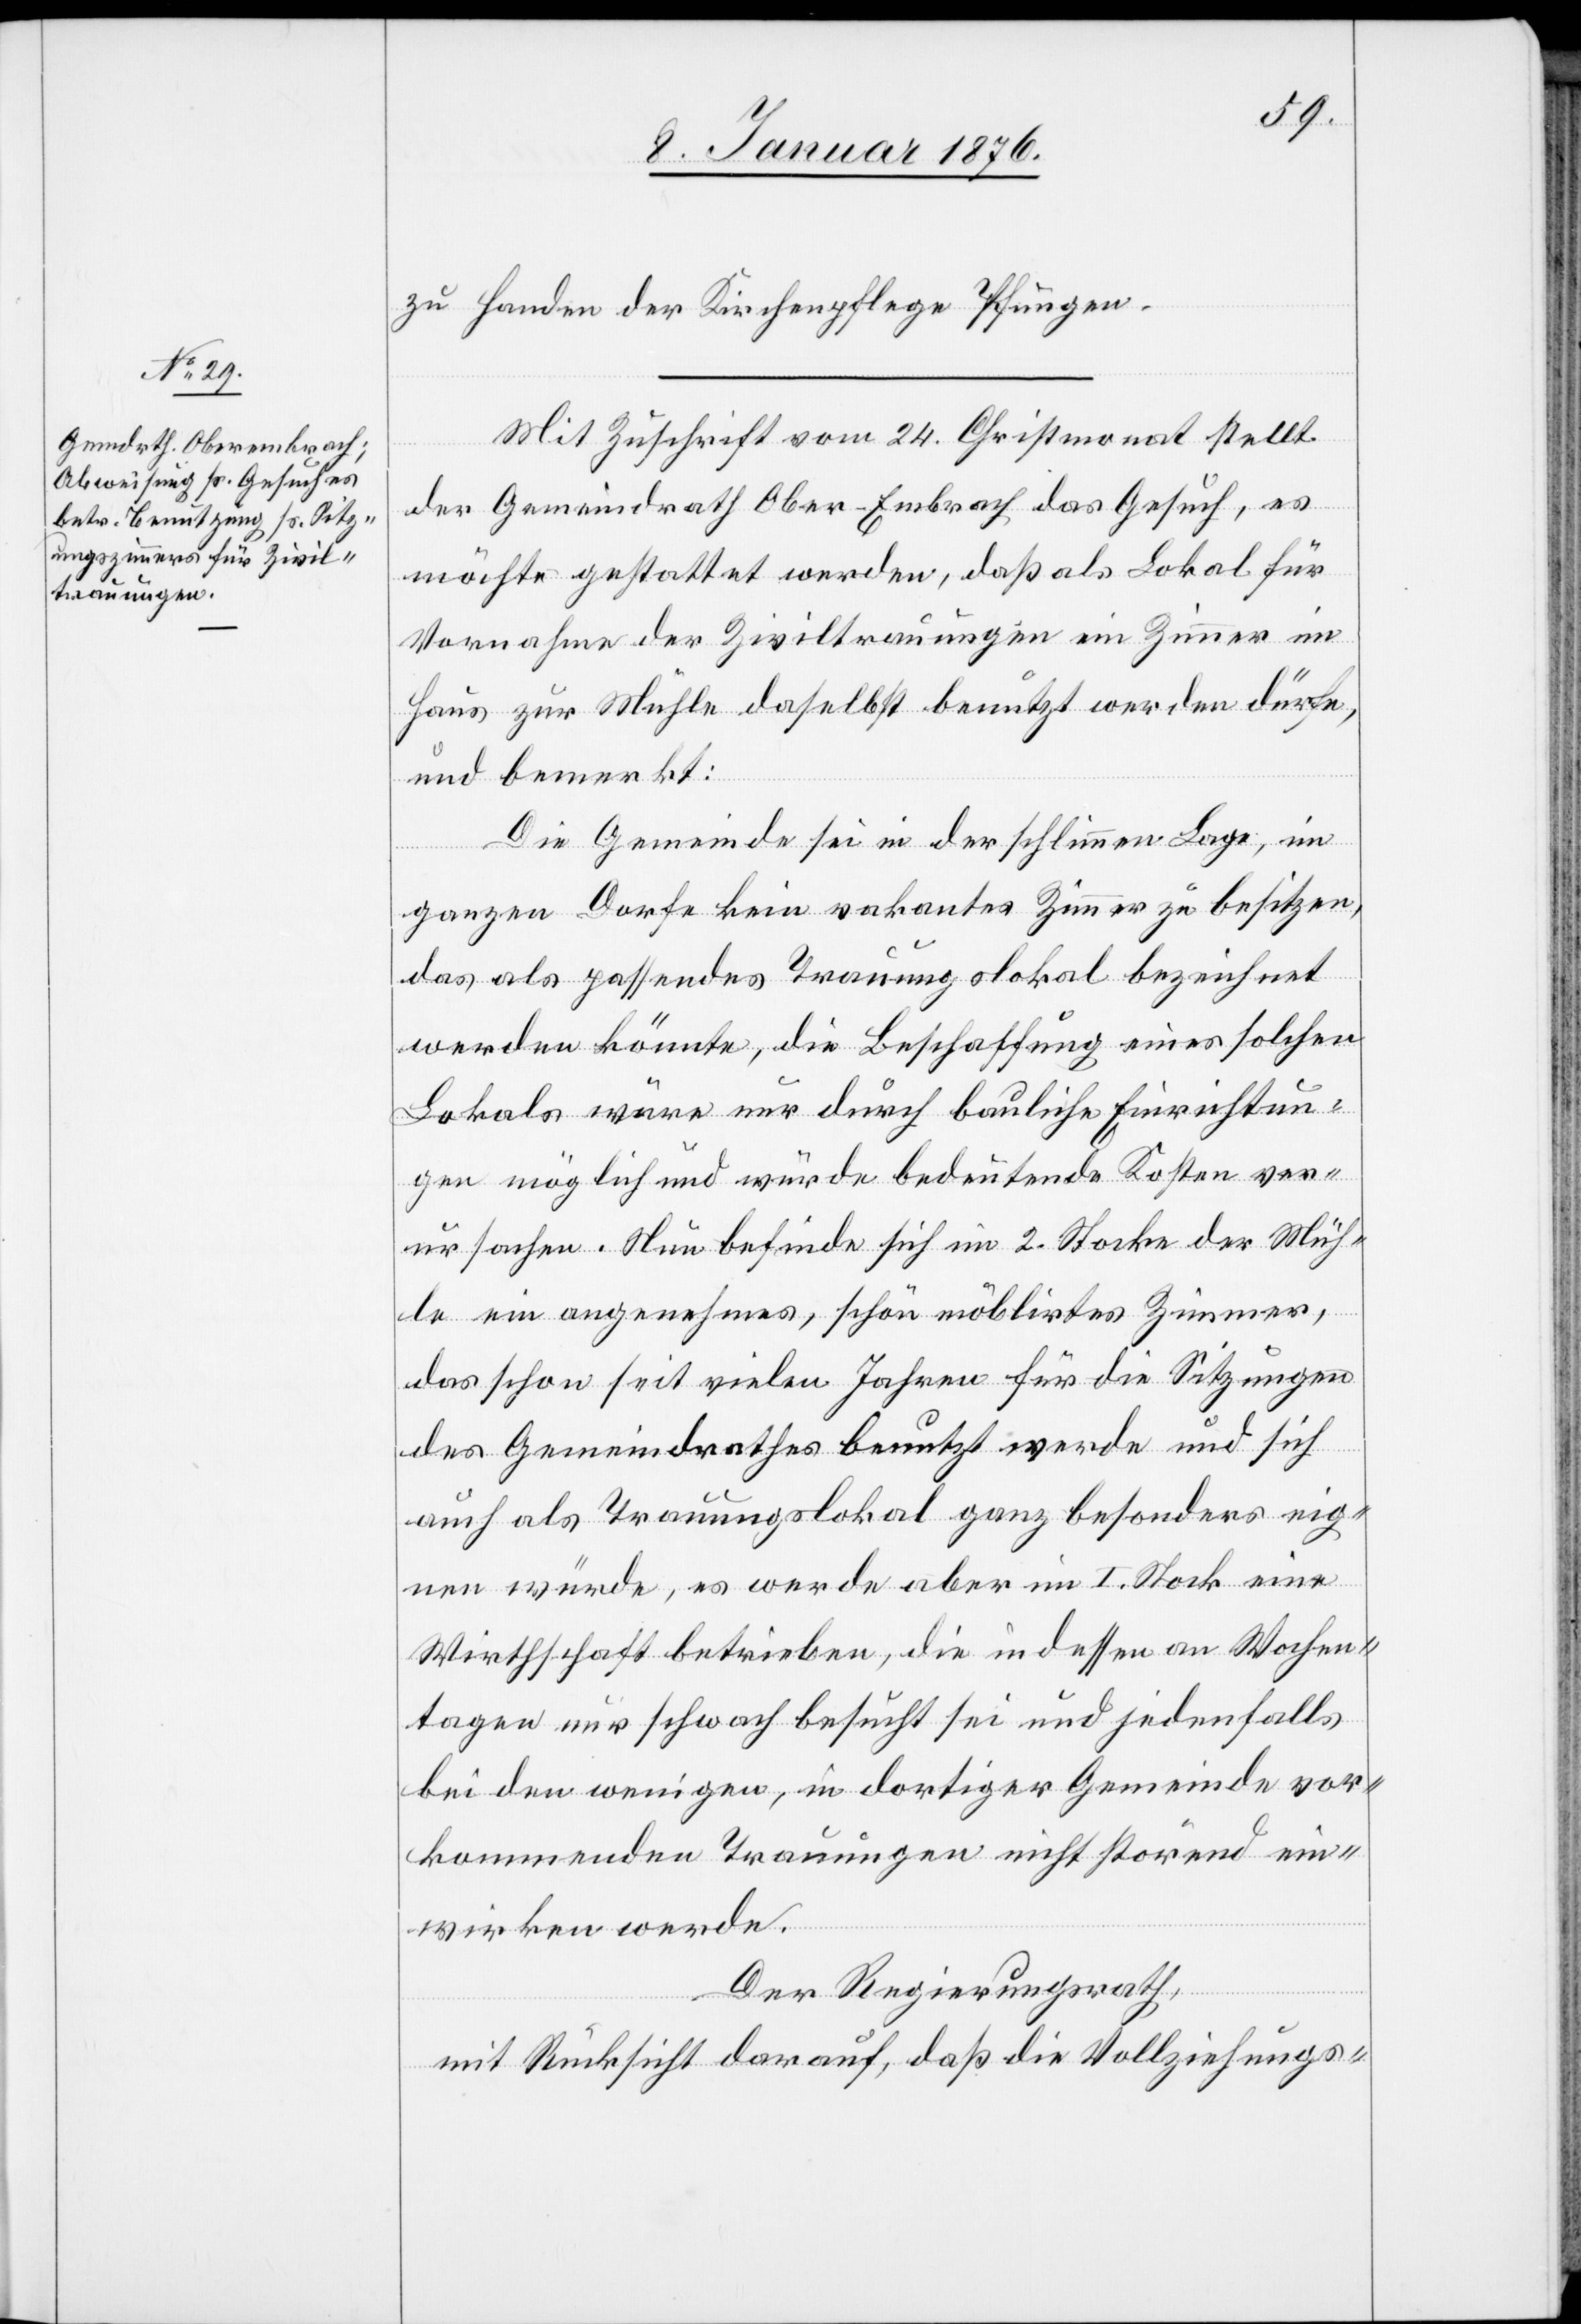
zu Handen der Kirchenpflege Pfungen.
Mit Zuschrift vom 24. Christmonat stellt
der Gemeindrath Ober-Embrach das Gesuch, es
möchte gestattet werden, daß als Lokal für
Vornahme der Ziviltrauungen ein Zimmer im
Haus zur Mühle daselbst benutzt werden dürfe,
und bemerkt:
Die Gemeinde sei in der schlimmen Lage, im
ganzen Dorfe kein vakantes Zimmer zu besitzen,
das als passendes Trauungslokal bezeichnet
werden könnte, die Beschaffung eines solchen
Lokals wäre nur durch bauliche Einrichtun¬
gen möglich und würde bedeutende Kosten ver¬
ursachen. Nun befinde sich im 2. Stocke der Müh¬
le ein angenehmes, schön möblirtes Zimmer,
das schon seit vielen Jahren für die Sitzungen
des Gemeindrathes benutzt werde und sich
auch als Trauungslokal ganz besonders eig¬
nen würde, es werde aber im I. Stock eine
Wirthschaft betrieben, die indessen an Wochen¬
tagen nur schwach besucht sei und jedenfalls
bei den wenigen, in dortiger Gemeinde vor¬
kommenden Trauungen nicht störend ein¬
wirken werde.
Der Regierungsrath,
mit Rücksicht darauf, daß die Vollziehungs-